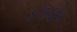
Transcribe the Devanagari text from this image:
४१६६